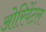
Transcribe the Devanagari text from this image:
ओरियेंटल